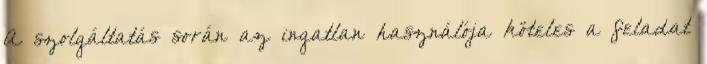
A szolgáltatás során az ingatlan használója köteles a feladat